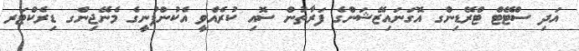
އަދި ސްޓޭޓް ޓްރޭޑިންގ އޮގަނައިޒޭޝަންގެ ފަރާތުން ސޮއި ކުރެއްވީ އެކުންފުނީގެ މެނޭޖިންގ ޑިރެކްޓަރ